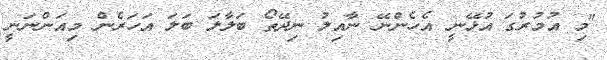
"މި އުމުރުގަ އުޅޭނީ އެހެންނޭ ނާއިލު ނިދޭތޯ ބަލާލަ ބަލަ އަހަރެން މިއަންނަނީ